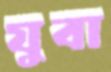
যুবা